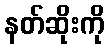
နတ်ဆိုးကို